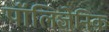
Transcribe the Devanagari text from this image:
पॉलिजेनिक